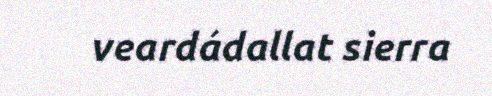
veardádallat sierra